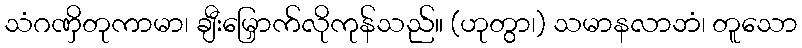
သံဂဏှိတုကာမာ၊ ချီးမြှောက်လိုကုန်သည်။ (ဟုတွာ၊) သမာနလာဘံ၊ တူသော